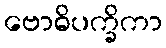
ဗောဓိပက္ခိကာ